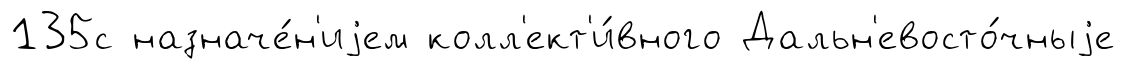
135с назначе́н'иjем колл'ект'и́вного Дальн'евосто́чныjе